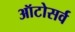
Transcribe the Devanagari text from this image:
ऑटोसर्व